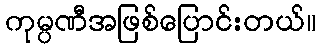
ကုမ္ပဏီအဖြစ်ပြောင်းတယ်။